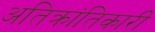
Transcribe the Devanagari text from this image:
अतिक्रांतिकारी